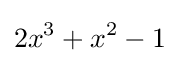
2x^{3}+x^{2}-1